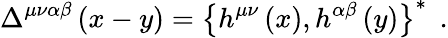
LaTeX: \Delta^{\mu\nu\alpha\beta}\left(x-y\right)=\left\{ h^{\mu\nu}\left(x\right),h^{\alpha\beta}\left(y\right)\right\} ^{*}\; \, .